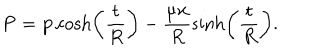
{ \bf P } = { \bf p } \cosh \left( \frac { t } { R } \right) - \frac { \mu { \bf x } } { R } \sinh \left( \frac { t } { R } \right) .